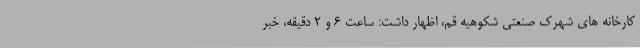
کارخانه های شهرک صنعتی شکوهیه قم، اظهار داشت: ساعت 6 و 2 دقیقه، خبر